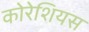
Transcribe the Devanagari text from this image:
कोरेशियस